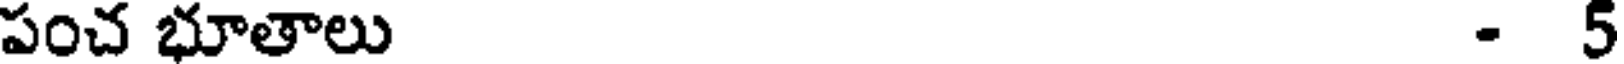
పంచ భూతాలు - 5